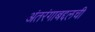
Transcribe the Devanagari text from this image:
अंतरंगाबद्दलची